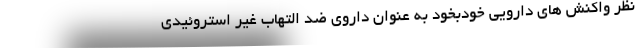
نظر واکنش های دارویی خودبخود به عنوان داروی ضد التهاب غیر استروئیدی